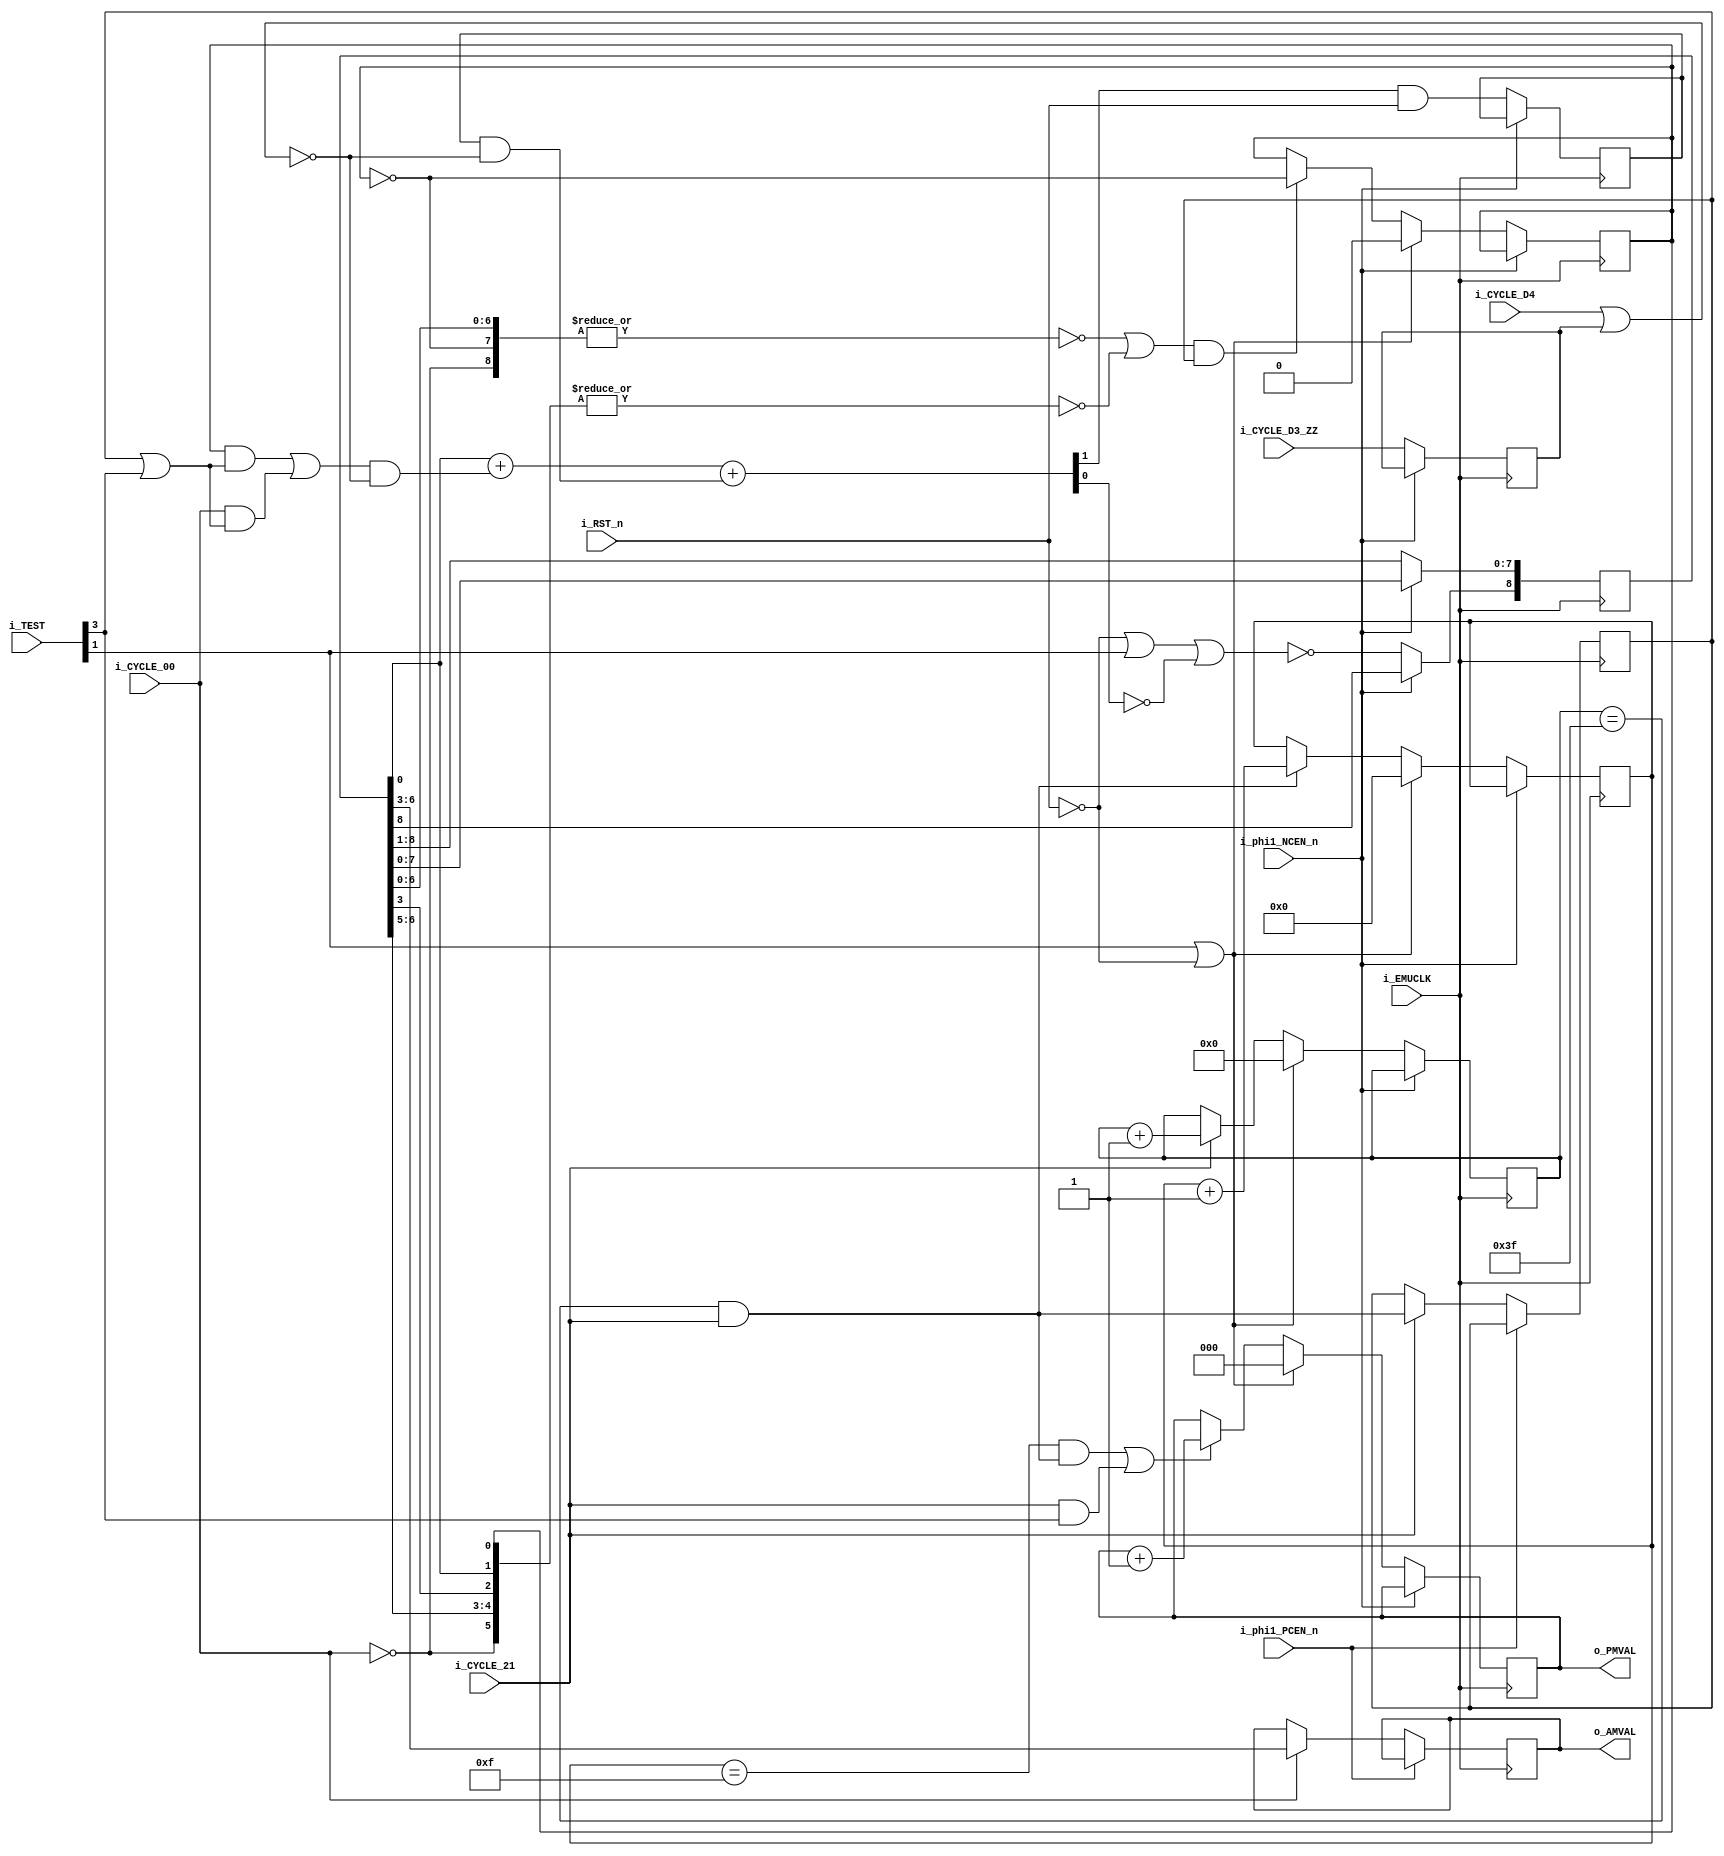
module IKAOPLL_lfo (
    //master clock
    input   wire            i_EMUCLK, //emulator master clock

    //internal clock
    input   wire            i_phi1_PCEN_n, //positive edge clock enable for emulation
    input   wire            i_phi1_NCEN_n, //negative edge clock enable for emulation

    input   wire            i_RST_n,

    //timings
    input   wire            i_CYCLE_00, i_CYCLE_21, i_CYCLE_D4, i_CYCLE_D3_ZZ,

    //test register
    input   wire    [3:0]   i_TEST,

    output  wire    [2:0]   o_PMVAL,
    output  reg     [3:0]   o_AMVAL
);


///////////////////////////////////////////////////////////
//////  Clock and reset
////

wire            emuclk = i_EMUCLK;
wire            phi1pcen_n = i_phi1_PCEN_n;
wire            phi1ncen_n = i_phi1_NCEN_n;



///////////////////////////////////////////////////////////
//////  Prescaler
////

reg     [5:0]   prescaler;
wire            prescaler_co = (prescaler == 6'd63) & i_CYCLE_21;
always @(posedge emuclk) if(!phi1ncen_n) begin
    if(i_TEST[1] || ~i_RST_n) prescaler <= 6'd0;
    else begin
        if(i_CYCLE_21) prescaler <= prescaler + 6'd1;
    end
end



///////////////////////////////////////////////////////////
//////  Phase modulation value generator(vibrato)
////

reg     [3:0]   pm_prescaler;
wire            pm_prescaler_co = (pm_prescaler == 4'd15) & prescaler_co;
always @(posedge emuclk) if(!phi1ncen_n) begin
    if(i_TEST[1] || ~i_RST_n) pm_prescaler <= 4'd0;
    else begin
        if(prescaler_co) pm_prescaler <= pm_prescaler + 4'd1;
    end
end

reg     [2:0]   pm_cntr;
always @(posedge emuclk) if(!phi1ncen_n) begin
    if(i_TEST[1] || ~i_RST_n) pm_cntr <= 3'd0;
    else begin
        if(pm_prescaler_co || (i_CYCLE_21 && i_TEST[3])) pm_cntr <= pm_cntr + 3'd1;
    end
end

assign  o_PMVAL = pm_cntr;



///////////////////////////////////////////////////////////
//////  Amplitude modulation value generator(tremolo)
////

//D-latch, latches data @ CYCLE_21, should sample data at positive edge
reg             amval_cntup;
always @(posedge emuclk) if(!phi1pcen_n) if(i_CYCLE_21) amval_cntup <= prescaler_co;

//addend generator
reg             cycle_d3_zzz;
always @(posedge emuclk) if(!phi1ncen_n) cycle_d3_zzz <= i_CYCLE_D3_ZZ;

wire            amval_addend_en0 = amval_cntup | i_TEST[3]; //de morgan
wire            amval_addend_en1 = ~(i_CYCLE_D4 | cycle_d3_zzz);

wire            amval_addend_src0; //tff output
wire            amval_addend_src1 = i_CYCLE_00;

reg             amval_addend_co_z; //previous C output

wire            amval_addend_cin = amval_addend_co_z & amval_addend_en1;
wire            amval_addend_a; //feedback
wire            amval_addend_b = ((amval_addend_src0 & amval_addend_en0) | (amval_addend_src1 & amval_addend_en0)) & amval_addend_en1;
wire    [1:0]   sum = amval_addend_a + amval_addend_b + amval_addend_cin;

always @(posedge emuclk) if(!phi1ncen_n) amval_addend_co_z <= sum[1] & i_RST_n;

//TFF section
wire            amval_sr_000_000_0XX;
wire            amval_sr_1XX_1X1_1XX;

reg             amval_tff;
assign  amval_addend_src0 = amval_tff;
always @(posedge emuclk) if(!phi1ncen_n) begin
    if(i_TEST[1] || ~i_RST_n) amval_tff <= 1'b0;
    else begin
        if((amval_sr_000_000_0XX || amval_sr_1XX_1X1_1XX) && amval_cntup) amval_tff <= ~amval_tff;
    end    
end

//SR section
reg     [8:0]   amval_sr;
wire            amval_sr_d = ~(~i_RST_n | i_TEST[1] | ~sum[0]);
assign  amval_addend_a = amval_sr[0];
always @(posedge emuclk) if(!phi1ncen_n) begin
    amval_sr[8] <= amval_sr_d;
    amval_sr[7:0] <= amval_sr[8:1];
end

assign  amval_sr_000_000_0XX = ~|{amval_sr[6:0], ~amval_tff, ~i_CYCLE_00};
assign  amval_sr_1XX_1X1_1XX = ~|{amval_sr[6:5], amval_sr[3], amval_sr[0], amval_tff, ~i_CYCLE_00};

//AM value D-latch, latches data @ CYCLE_00, should sample data at positive edge
always @(posedge emuclk) if(!phi1pcen_n) if(i_CYCLE_00) o_AMVAL <= amval_sr[6:3];

endmodule